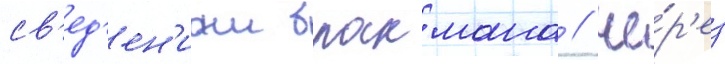
св'ед'ен'иам бракмана / че́р'ез